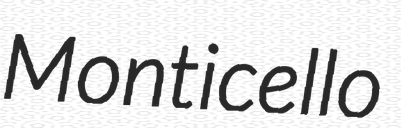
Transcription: Monticello